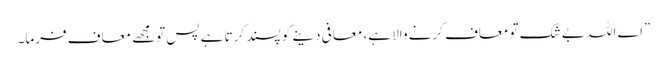
”اے اللہ بے شک تو معاف کرنے والا ہے، معافی دینے کو پسند کرتا ہے پس تومجھے معاف فرما۔